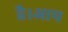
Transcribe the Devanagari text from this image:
है।आप